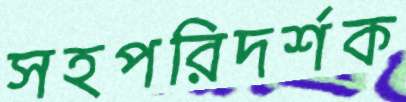
সহপরিদর্শক